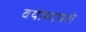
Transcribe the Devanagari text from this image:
वयोमापरो